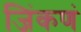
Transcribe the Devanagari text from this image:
जिंकणं